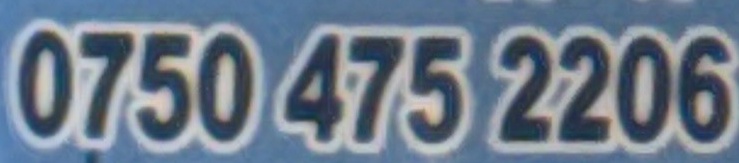
0750 475 2206